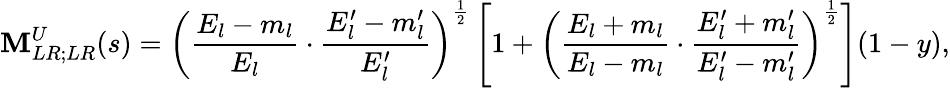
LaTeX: \mathbf{M}_{LR;LR}^{U}(s)=\left(\frac{{E_{l}-m_{l}}}{{E_{l}}}\cdot\frac{{E_{l}^{\prime}-m_{l}^{\prime}}}{{E_{l}^{\prime}}}\right)^{\frac{{1}}{{2}}}\left[1+\left(\frac{{E_{l}+m_{l}}}{{E_{l}-m_{l}}}\cdot\frac{{E_{l}^{\prime}+m_{l}^{\prime}}}{{E_{l}^{\prime}-m_{l}^{\prime}}}\right)^{\frac{{1}}{{2}}}\right](1-y),